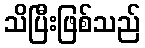
သိပြီးဖြစ်သည်